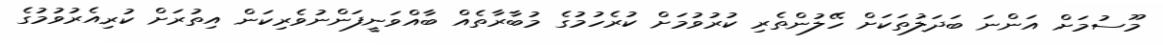
މޫސުމަށް އަންނަ ބަދަލުތަކަށް ހޭލުންތެރި ކުރުވުމަށް ކުރެހުމުގެ މުބާރާތެއް ބާއްވަނީފަންނުވެރިކަން އިތުރަށް ކުރިއެރުވުމުގެ